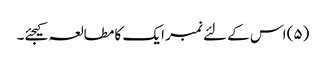
(۵) اس کے لئے نمبر ایک کا مطالعہ کیجئے۔